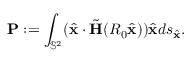
\mathbf { P } : = \int _ { \mathbb { S } ^ { 2 } } ( \hat { \mathbf { x } } \cdot \tilde { \mathbf H } ( R _ { 0 } \hat { \mathbf { x } } ) ) \hat { \mathbf { x } } d s _ { \hat { \mathbf { x } } } .